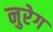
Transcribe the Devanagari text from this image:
नुरेग